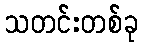
သတင်းတစ်ခု